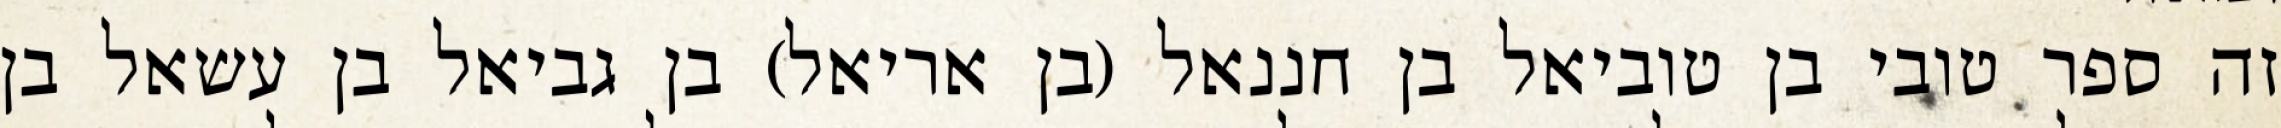
זה ספר טובי בן טוביאל בן חננאל (בן אריאל) בן גביאל בן עשאל בן